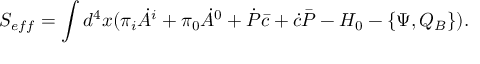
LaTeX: S _ { e f f } = \int d ^ { 4 } x ( \pi _ { i } \dot { A } ^ { i } + \pi _ { 0 } \dot { A } ^ { 0 } + \dot { \cal P } \bar { c } + \dot { c } \bar { \cal P } - { \cal H } _ { 0 } - \{ \Psi , Q _ { B } \} ) .